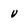
Character: V